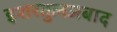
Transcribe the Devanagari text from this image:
इशरतुलअबाद